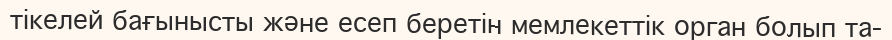
тікелей бағынысты және есеп беретін мемлекеттік орган болып та-